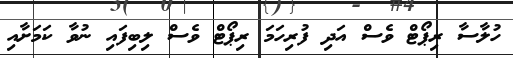
ހުލާސާ ރިޕޯޓް ވެސް އަދި ފުރިހަމަ ރިޕޯޓް ވެސް ލިބިފައި ނުވާ ކަމަށާއި